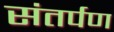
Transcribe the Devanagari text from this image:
संतर्पण